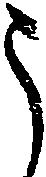
う